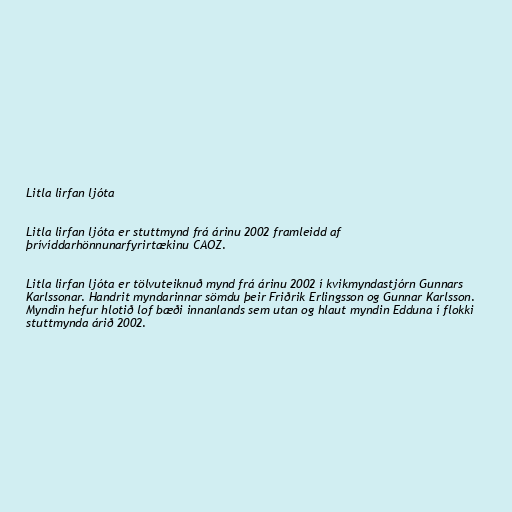
Litla lirfan ljóta

Litla lirfan ljóta er stuttmynd frá árinu 2002 framleidd af
þrívíddarhönnunarfyrirtækinu CAOZ.

Litla lirfan ljóta er tölvuteiknuð mynd frá árinu 2002 í kvikmyndastjórn Gunnars
Karlssonar. Handrit myndarinnar sömdu þeir Friðrik Erlingsson og Gunnar Karlsson.
Myndin hefur hlotið lof bæði innanlands sem utan og hlaut myndin Edduna í flokki
stuttmynda árið 2002.